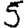
Digit: 5